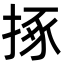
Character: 㧻